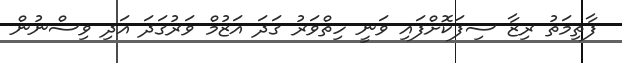
ފާތިމަތު ރިޒާ ސިފަކޮށްފައި ވަނީ ހިތްވަރު ގަދަ އަޒުމް ވަރުގަދަ އަދި ވިސްނުން